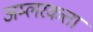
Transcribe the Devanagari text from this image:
अम्लरकत्ता